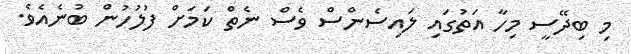
މި ބިދޭސީ މިހާ އަތުގައި ލައިސެންސް ވެސް ނެތް ކަަމަށް ފުލުހުން ބުނެއެވެ.